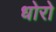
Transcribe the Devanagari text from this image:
धोरो